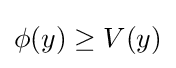
\phi (y)\geq V(y)